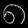
Digit: ၈